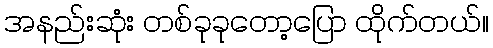
အနည်းဆုံး တစ်ခုခုတော့ပြော ထိုက်တယ်။